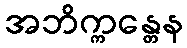
အဘိက္ကန္တေန